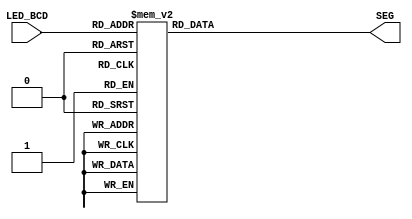
//Binary to BCD
// Developed by: Rhyan Johnson
// Converts BCD from frequency counter to 7Seg

module BCDtoSevenSeg(
input [3:0] LED_BCD,
output reg [6:0]SEG = 7'b0
);

always@(*)
begin
  case(LED_BCD)
               4'b0000: SEG = 7'b1000000; // "0"
               4'b0001: SEG = 7'b1111001; // "1"
               4'b0010: SEG = 7'b0100100; // "2"
               4'b0011: SEG = 7'b0110000; // "3"
               4'b0100: SEG = 7'b0011001; // "4"
               4'b0101: SEG = 7'b0010010; // "5"
               4'b0110: SEG = 7'b0000010; // "6"
               4'b0111: SEG = 7'b1111000; // "7"
               4'b1000: SEG = 7'b0000000; // "8"
               4'b1001: SEG = 7'b0011000; // "9"
               default: SEG = 7'b1000000; // "0"
  endcase
end
endmodule